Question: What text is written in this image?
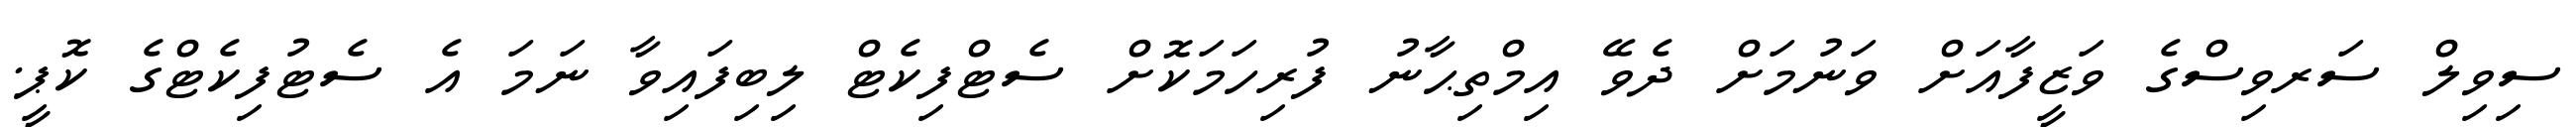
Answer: ސިވިލް ސަރވިސްގެ ވަޒީފާއަށް ވަނުމަށް ދެވޭ އިމްތިޙާނު ފުރިހަމަކޮށް ސެޓްފިކެޓް ލިބިފައިވާ ނަމަ އެ ސެޓުފިކެޓްގެ ކޮޕީ.